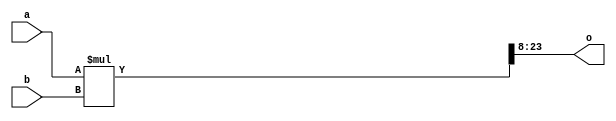
module mul16
(
    input signed [15 : 0] a,
    input signed [15 : 0] b,//
    output signed [15 : 0] o //[31 : 0] o mid64
);
 wire signed [31 : 0] long;
    assign long = a * b;//323264
    assign o = long >>> 8;//832o1681616032
    //8
    //assign o = long mid64
endmodule